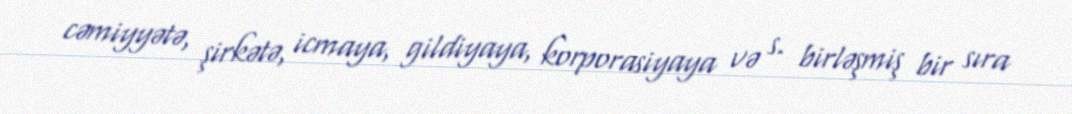
cəmiyyətə, şirkətə, icmaya, gildiyaya, korporasiyaya və s. birləşmiş bir sıra